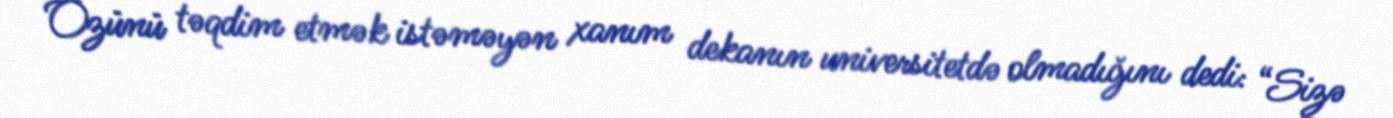
Özünü təqdim etmək istəməyən xanım dekanın universitetdə olmadığını dedi: “Sizə